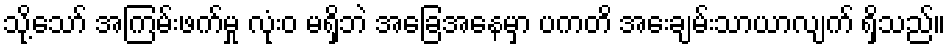
သို့သော် အကြမ်းဖက်မှု လုံးဝ မရှိဘဲ အခြေအနေမှာ ပကတိ အေးချမ်းသာယာလျက် ရှိသည်။